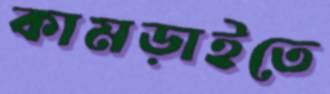
কামড়াইতে